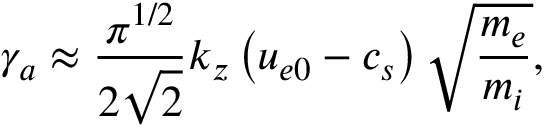
\gamma _ { a } \approx \frac { \pi ^ { 1 / 2 } } { 2 \sqrt { 2 } } k _ { z } \left( u _ { e 0 } - c _ { s } \right) \sqrt { \frac { m _ { e } } { m _ { i } } } ,